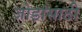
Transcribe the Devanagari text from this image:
जोडांसाठी